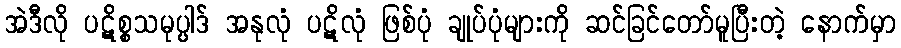
အဲဒီလို ပဋိစ္စသမုပ္ပါဒ် အနုလုံ ပဋိလုံ ဖြစ်ပုံ ချုပ်ပုံများကို ဆင်ခြင်တော်မူပြီးတဲ့ နောက်မှာ